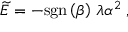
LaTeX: \widetilde { E } = - \mathrm { s g n } \left( \beta \right) \, \lambda \alpha ^ { 2 } \; ,